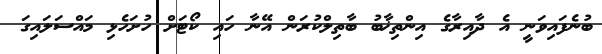
ބުނެފައިވަނީ އެ ދާއިރާގެ އިންތިޚާބު ބާތިލްކުރަން އޭނާ ހައި ކޯޓަށް ހުށަހެޅި މައްސަލައިގަ